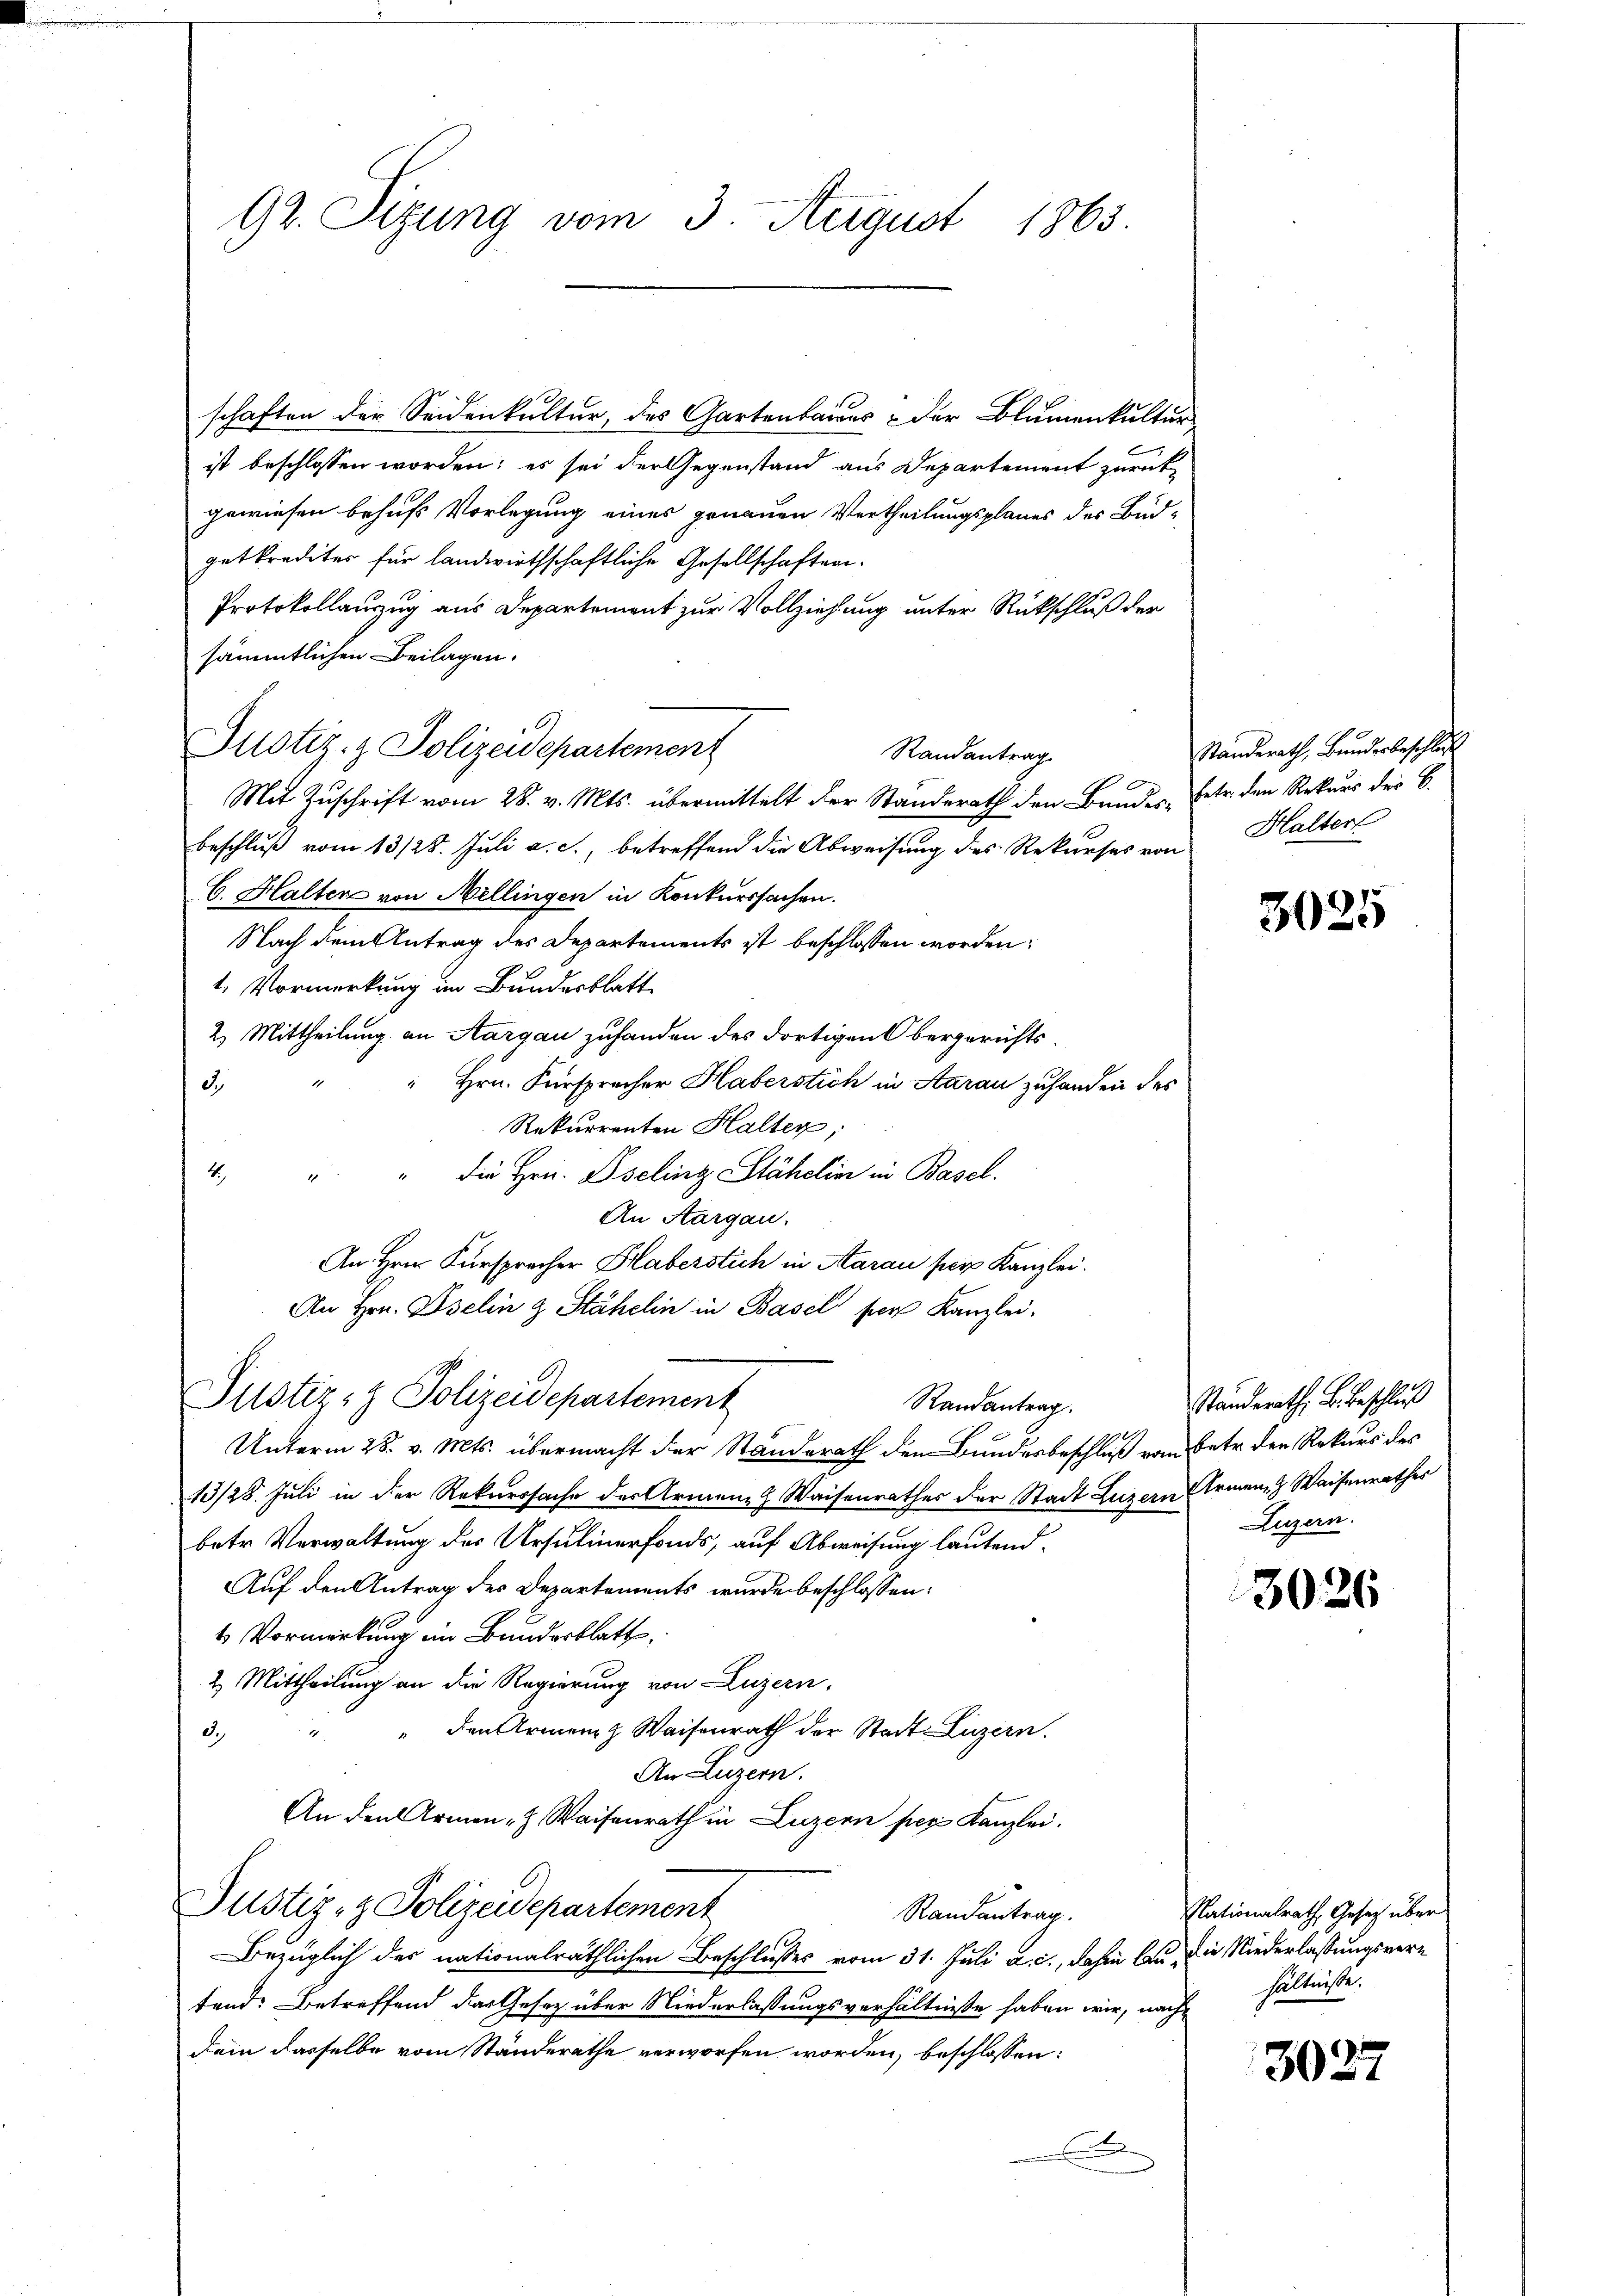
92. Sizung vom 3. August 1863.

schaften der Seidenkultur, des Gartenbaues & der Blumenkultur
ist beschlossen worden; es sei der Gegenstand aus Departement zurück-
gewiesen behufs Vorlegung eines genauen Vertheilungsplanes der Budgetkredites für landwirthschaftliche Gesellschaften¬
Protokollauszug aus Departement zur Vollziehung unter Rückschluß der
sämmtlichen Beilagen.
Justiz- & Polizeidepartement
Randantrag
e
Mit Zuschrift vom 28. v. Mts. übermittelt der Standerath den Bundes, betr. den Rekurs des C.
beschlŭβ vom 13/28. Juli a. c., betreffend die Abweisung des Rekurses von Halter
C. Halter von Millingen in Konkurssachen.
Nach dem Antrag des Departements ist beschlossen worden;
1. Vormerkung im Bundesblatt
2) Mittheilung an Aargau zuhanden des dortigen Obergerichts¬
Hrn. Fürspracher Haberstich in Aarau zuhanden des
d.
Rekurrenten Halter,
4
" die Hrn. Dseling Stähelin in Basel.
An Aargau.
An Hrn. Fürsprecher Haberstich in Aarau per Kanzlei.
An Hrn. Iselin z. Stähelin in Basel per Kanzlei-
Justiz- & Polizeidepartement
Randantrag.
Unterm 28. v. Mts. übermacht der Standerath dem Bundesbeschluß vom Betr. den Rekurs des
13/28. Juli in der Rekurssache der Armen Waisenrathes der Stadt Luzern Armen & Waisenrathes
betr. Verwaltung des Ursulinerfonds, auf Abweisung lautend¬
Auf den Antrag des Departements wurde beschlossen:
4 Vormerkung im Bundesblatt
2. Mittheilung an die Regierung von Luzern,
den Armen & Waisenrath der Stadt Luzern.
d.
An Luzern.
An den Armen- & Waisenrath in Luzern per Kanzlei.
Justiz- & Polizeidepartement
Randantrag.
Bezüglich des nationalräthlichen Beschlusses vom 31. Juli a. c., dahin an die Niederlassungsvertend: Betreffend das Gesetz über Niederlassungsverhältnisse haben wir, nach¬
Dein dasselbe vom Ständerathe verworfen worden, beschlossen:
A

Ständerath, Bundesbeschluss

3025

Ständerath, B. Beschluß
Luzern.

3026

Nationalrath, Gesetz über
hältnisse.

3027